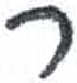
אות: ר